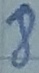
Text: 8